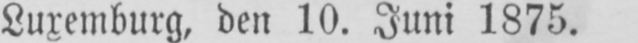
Luxemburg, den 10. Juni 1875.